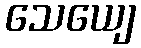
သေယျေ